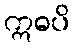
ဣဓပိ